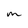
Character: M